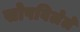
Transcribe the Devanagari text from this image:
सोपविलेले